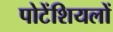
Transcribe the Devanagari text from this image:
पोटेंशियलों